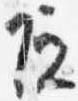
院